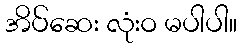
အိပ်ဆေး လုံးဝ မပါပါ။